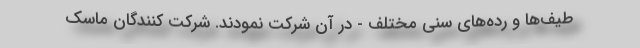
طیف‌ها و رده‌های سنی مختلف - در آن شرکت نمودند. شرکت کنندگان ماسک